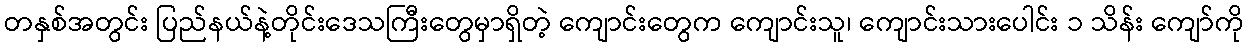
တနှစ်အတွင်း ပြည်နယ်နဲ့တိုင်းဒေသကြီးတွေမှာရှိတဲ့ ကျောင်းတွေက ကျောင်းသူ၊ ကျောင်းသားပေါင်း ၁ သိန်း ကျော်ကို